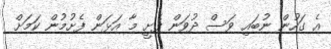
އެ ގަހުން ނުބައި ވަސް ދުވަން ފެށީ މާ އަޅަން ފެށުމުން ކަމަށް